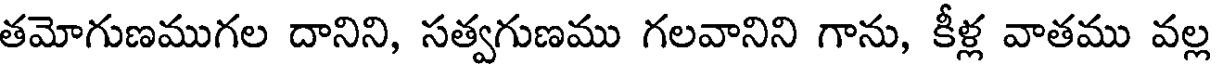
తమోగుణముగల దానిని, సత్వగుణము గలవానిని గాను, కీళ్ల వాతము వల్ల